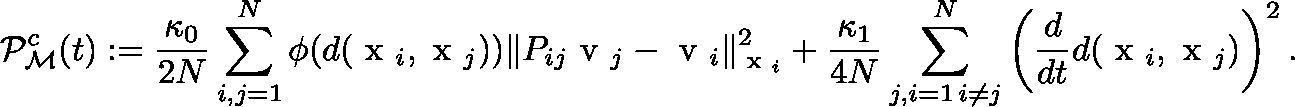
{ \mathcal P } _ { \mathcal M } ^ { c } ( t ) : = \frac { \kappa _ { 0 } } { 2 N } \sum _ { i , j = 1 } ^ { N } \phi ( d ( \mathrm { \boldmath ~ x ~ } _ { i } , \mathrm { \boldmath ~ x ~ } _ { j } ) ) \| P _ { i j } \mathrm { \boldmath ~ v ~ } _ { j } - \mathrm { \boldmath ~ v ~ } _ { i } \| _ { \scriptsize \mathrm { \boldmath ~ x ~ } _ { i } } ^ { 2 } + \displaystyle \frac { \kappa _ { 1 } } { 4 N } \sum _ { \substack { j , i = 1 \, i \neq j } } ^ { N } \left( \frac { d } { d t } d ( \mathrm { \boldmath ~ x ~ } _ { i } , \mathrm { \boldmath ~ x ~ } _ { j } ) \right) ^ { 2 } .